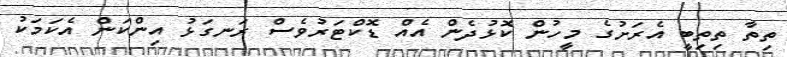
ތިތާ ތިތިބީ އެރަށުގެ މީހުން ކޮޅުދެން އެއް ޑޮކްޓަރުވެސް ރަނގަޅު އިންކަން އެކަމަކު